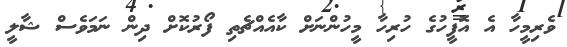
ވެރިމީހާ އެ އޮފީހުގެ ހުރިހާ މީހުންނަށް ކާއެއްޗެތި ފޯރުކޮށް ދިން ނަމަވެސް ޝާލީ